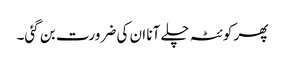
پھر کوئٹہ چلے آنا ان کی ضرورت بن گئی۔